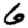
Digit: 6